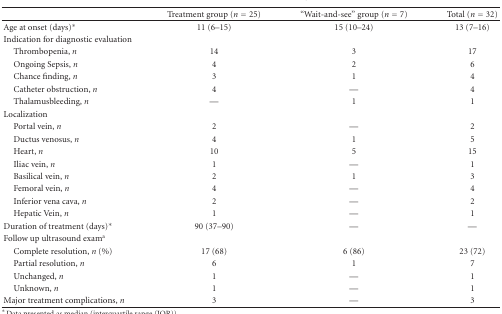
<table><thead><tr><td>[EMPTY_CELL]</td><td><b>Treatment group (<i>n</i> = 25)</b></td><td><b>“Wait-and-see” group (<i>n</i> = 7)</b></td><td><b>Total (<i>n</i> = 32)</b></td></tr></thead><tbody><tr><td>Age at onset (days)*</td><td>11 (6–15)</td><td>15 (10–24)</td><td>13 (7–16)</td></tr><tr><td>Indication for diagnostic evaluation</td><td>[EMPTY_CELL]</td><td>[EMPTY_CELL]</td><td>[EMPTY_CELL]</td></tr><tr><td> Thrombopenia, <i>n </i></td><td>14</td><td>3</td><td>17</td></tr><tr><td> Ongoing Sepsis, <i>n </i></td><td>4</td><td>2</td><td>6</td></tr><tr><td> Chance finding, <i>n </i></td><td>3</td><td>1</td><td>4</td></tr><tr><td> Catheter obstruction, <i>n </i></td><td>4</td><td>—</td><td>4</td></tr><tr><td> Thalamusbleeding, <i>n </i></td><td>—</td><td>1</td><td>1</td></tr><tr><td>Localization</td><td>[EMPTY_CELL]</td><td>[EMPTY_CELL]</td><td>[EMPTY_CELL]</td></tr><tr><td> Portal vein, <i>n </i></td><td>2</td><td>—</td><td>2</td></tr><tr><td> Ductus venosus, <i>n </i></td><td>4</td><td>1</td><td>5</td></tr><tr><td> Heart, <i>n </i></td><td>10</td><td>5</td><td>15</td></tr><tr><td> Iliac vein, <i>n </i></td><td>1</td><td>—</td><td>1</td></tr><tr><td> Basilical vein, <i>n </i></td><td>2</td><td>1</td><td>3</td></tr><tr><td> Femoral vein, <i>n </i></td><td>4</td><td>—</td><td>4</td></tr><tr><td> Inferior vena cava, <i>n </i></td><td>2</td><td>—</td><td>2</td></tr><tr><td> Hepatic Vein, <i>n </i></td><td>1</td><td>—</td><td>1</td></tr><tr><td>Duration of treatment (days)*</td><td>90 (37–90)</td><td>—</td><td>—</td></tr><tr><td>Follow up ultrasound exam<sup>a</sup></td><td>[EMPTY_CELL]</td><td>[EMPTY_CELL]</td><td>[EMPTY_CELL]</td></tr><tr><td> Complete resolution, <i>n</i> (%)</td><td>17 (68)</td><td>6 (86)</td><td>23 (72)</td></tr><tr><td> Partial resolution, <i>n </i></td><td>6</td><td>1</td><td>7</td></tr><tr><td> Unchanged, <i>n </i></td><td>1</td><td>—</td><td>1</td></tr><tr><td> Unknown, <i>n </i></td><td>1</td><td>—</td><td>1</td></tr><tr><td>Major treatment complications, <i>n </i></td><td>3</td><td>—</td><td>3</td></tr></tbody></table>